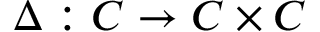
\Delta : C \to C \times C